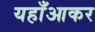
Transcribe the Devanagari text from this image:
यहाँआकर